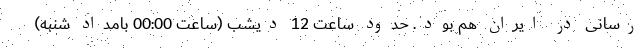
رسانی در ایران هم بود. حدود ساعت 12 دیشب (ساعت 00:00 بامداد شنبه)